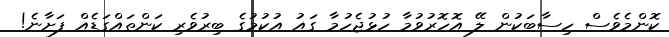
ކޮންމެވެސް ހިސާބަކުން ލޭ އޮހޮރުވުމާ ހުޅުޖެހުމާ ގައު އުކުމުގެ ބިރުވެރި ކަންތައްގަޑެއް ފަށާނެ!